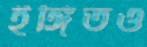
ইঙ্গিতও